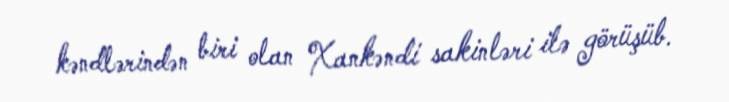
kəndlərindən biri olan Xankəndi sakinləri ilə görüşüb.